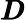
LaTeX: \pmb{D}